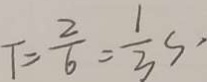
T = \frac { 2 } { 6 } = \frac { 1 } { 3 } s \cdot